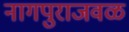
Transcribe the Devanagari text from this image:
नागपुराजवळ